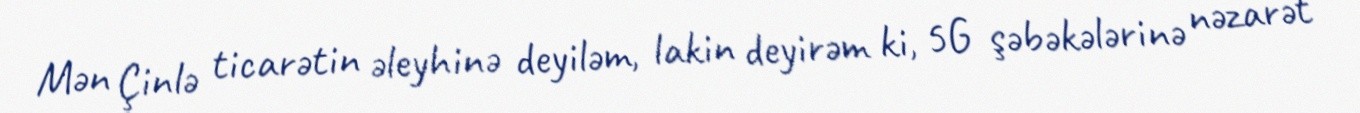
Mən Çinlə ticarətin əleyhinə deyiləm, lakin deyirəm ki, 5G şəbəkələrinə nəzarət